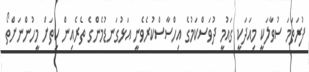
ފުރަތަމަ ސުވާލަކީ މިއަދަކީ ގައުމީ ދުވަސްކަމުގެ އިހްސާސްކުރެވެނީ އަޅުގަނޑުމެންގެ ތެރެއިން ކިތަށް މީހުންނަށްތޯ